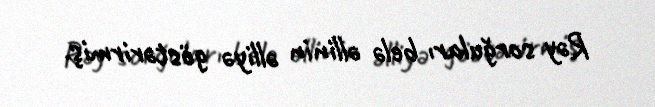
Rəy sorğuları belə əllinin əlliyə göstərirmiş.